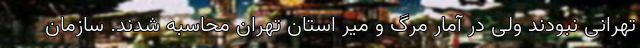
تهرانی نبودند ولی در آمار مرگ و میر استان تهران محاسبه شدند. سازمان